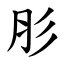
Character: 肜